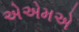
એએમએ